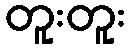
တူးတူး